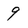
Character: 9